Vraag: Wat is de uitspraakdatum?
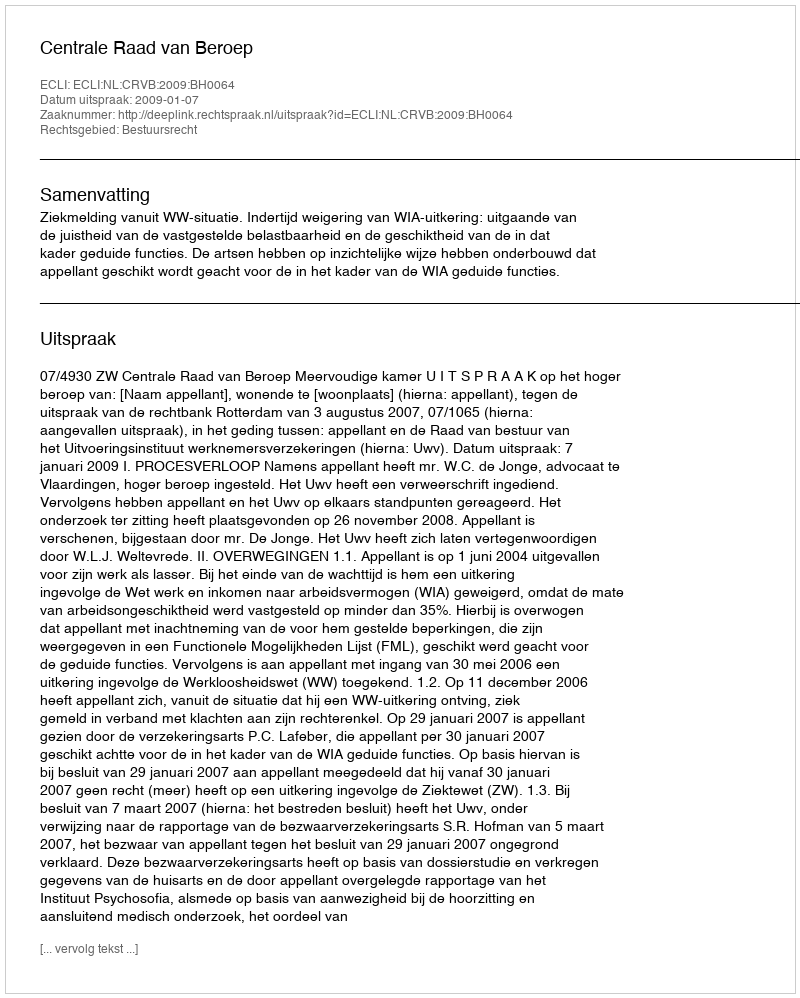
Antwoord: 2009-01-07